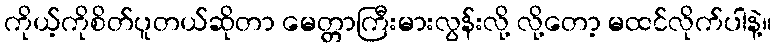
ကိုယ့်ကိုစိတ်ပူတယ်ဆိုတာ မေတ္တာကြီးမားလွန်းလို့ လို့တော့ မထင်လိုက်ပါနဲ့။